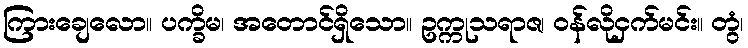
ကြားချေလော။ ပက္ခိမ၊ အတောင်ရှိသော။ ဥက္ကုသရာဇ၊ ဝန်လိုငှက်မင်း။ တွံ၊